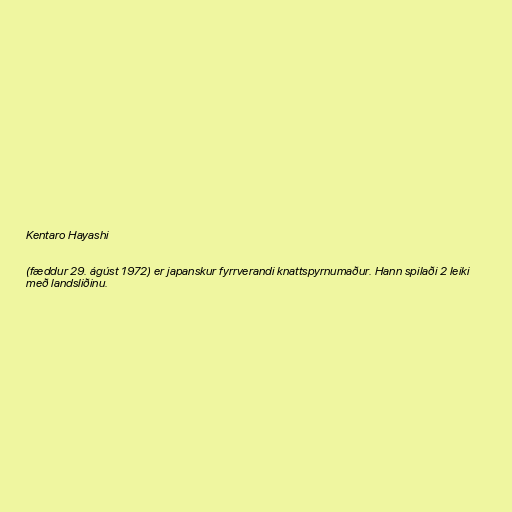
Kentaro Hayashi

(fæddur 29. ágúst 1972) er japanskur fyrrverandi knattspyrnumaður. Hann spilaði 2 leiki
með landsliðinu.